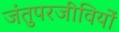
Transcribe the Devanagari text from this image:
जंतुपरजीवियों